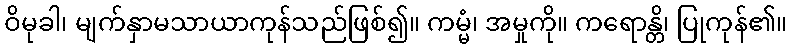
ဝိမုခါ၊ မျက်နှာမသာယာကုန်သည်ဖြစ်၍။ ကမ္မံ၊ အမှုကို။ ကရောန္တိ၊ ပြုကုန်၏။